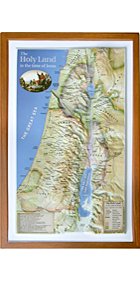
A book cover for Raised Relief 3D Map of Israel in Jesus' Time (Shows Place Names Under Roman Rule); Travel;